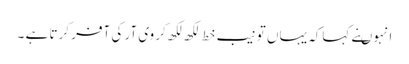
انہوںنے کہاکہ یہاں تو نیب خط لکھ لکھ کر وی آر کی آفر کرتا ہے ۔